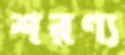
শরণ্য